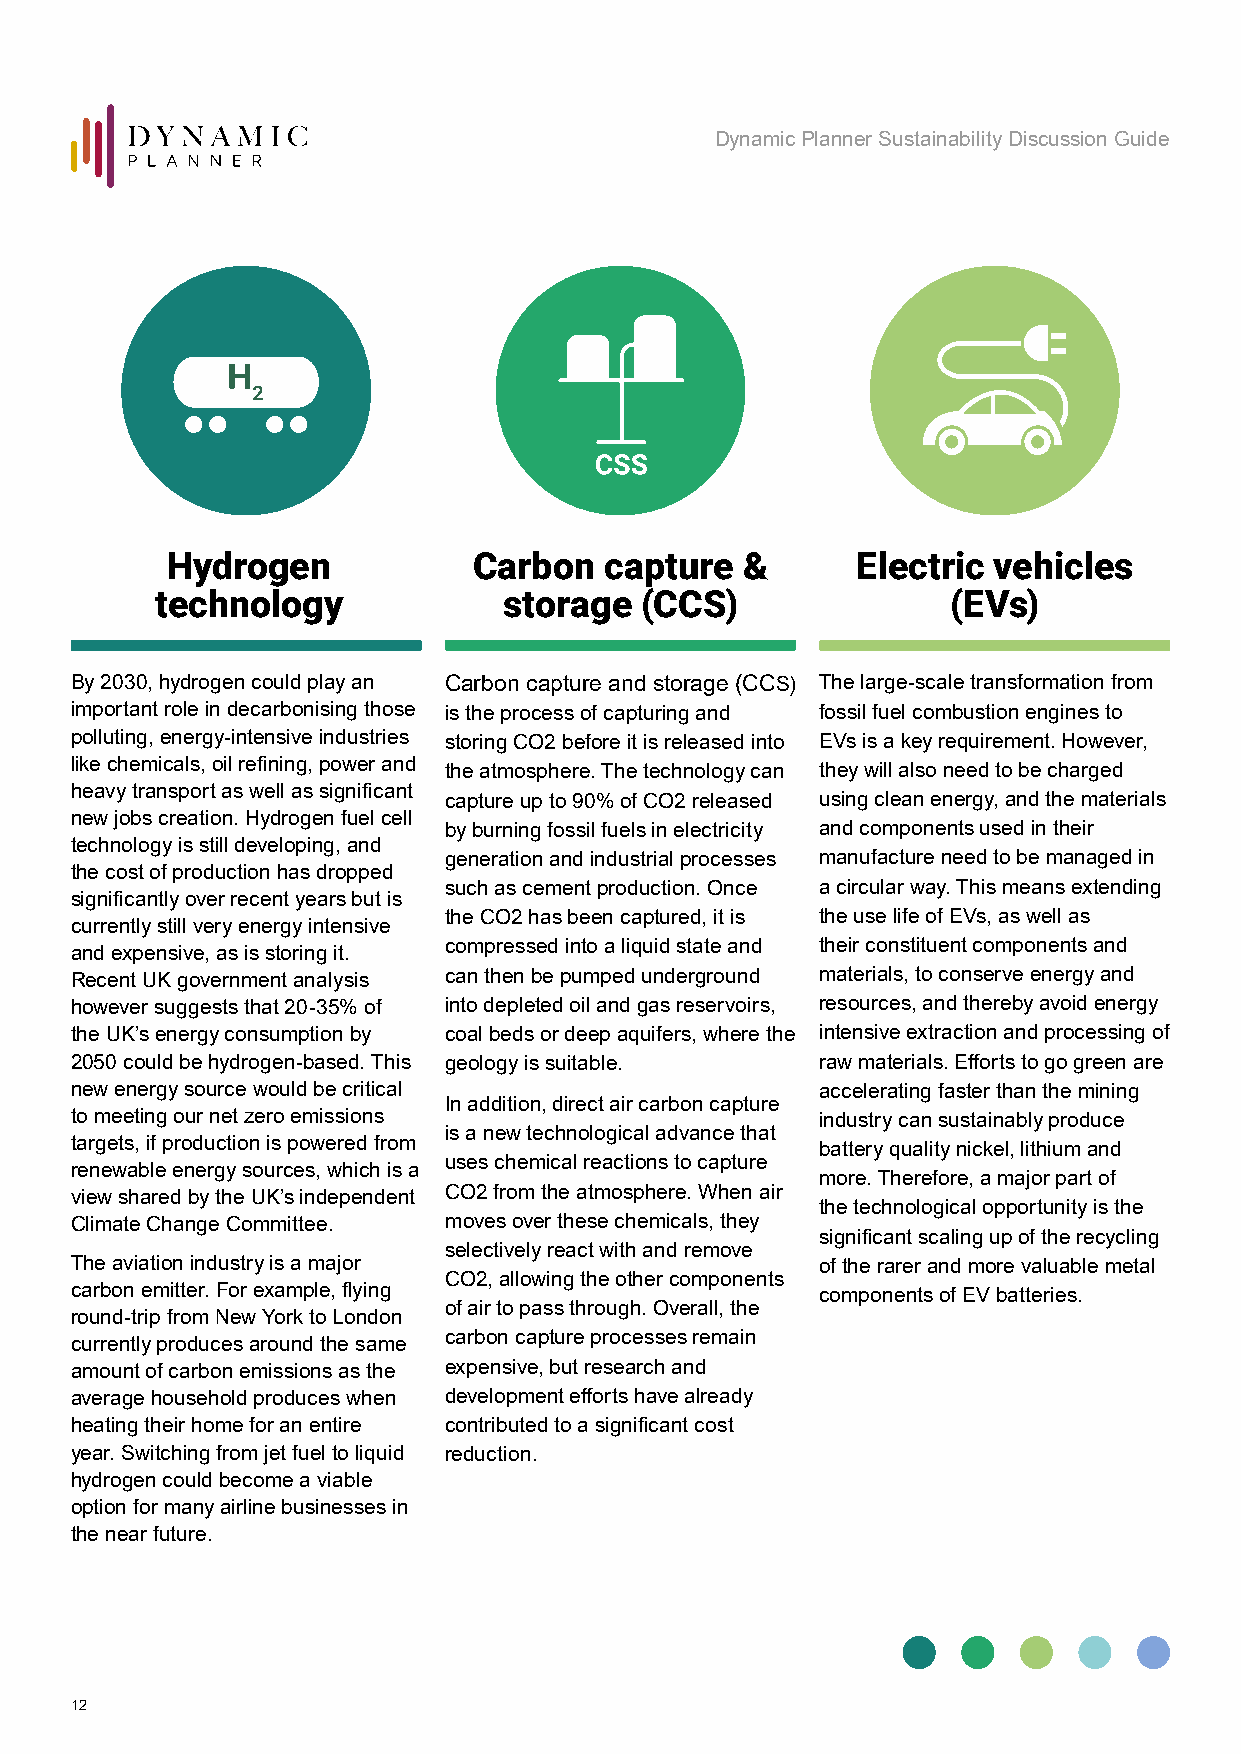
Dynamic Planner Sustainability Discussion Guide
 Hydrogen            Carbon   capture  &       Electric vehicles
 technology             storage  (CCS)                (EVs)
 By 2030, hydrogen could play an Carbon capture and storage (CCS) The large-scale transformation from
 important role in decarbonising those is the process of capturing and fossil fuel combustion engines to
 polluting, energy-intensive industries storing CO2 before it is released into EVs is a key requirement. However,
 like chemicals, oil refining, power and the atmosphere. The technology can they will also need to be charged
 heavy transport as well as significant
 capture up to 90% of CO2 released using clean energy, and the materials
 new jobs creation. Hydrogen fuel cell
 by burning fossil fuels in electricity and components used in their
 technology is still developing, and
 generation and industrial processes manufacture need to be managed in
 the cost of production has dropped
 such as cement production. Once a circular way. This means extending
 significantly over recent years but is
 the CO2 has been captured, it is the use life of EVs, as well as
 currently still very energy intensive
 compressed into a liquid state and their constituent components and
 and expensive, as is storing it.
 Recent UK government analysis can then be pumped underground materials, to conserve energy and
 however suggests that 20-35% of into depleted oil and gas reservoirs, resources, and thereby avoid energy
 the UK’s energy consumption by coal beds or deep aquifers, where the intensive extraction and processing of
 2050 could be hydrogen-based. This geology is suitable. raw materials. Efforts to go green are
 new energy source would be critical              accelerating faster than the mining
 In addition, direct air carbon capture
 to meeting our net zero emissions                industry can sustainably produce
 is a new technological advance that
 targets, if production is powered from           battery quality nickel, lithium and
 uses chemical reactions to capture
 renewable energy sources, which is a
 more. Therefore, a major part of
 view shared by the UK’s independent CO2 from the atmosphere. When air
 the technological opportunity is the
 Climate Change Committee. moves over these chemicals, they
 significant scaling up of the recycling
 selectively react with and remove
 The aviation industry is a major                 of the rarer and more valuable metal
 CO2, allowing the other components
 carbon emitter. For example, flying              components of EV batteries.
 of air to pass through. Overall, the
 round-trip from New York to London
 carbon capture processes remain
 currently produces around the same
 amount of carbon emissions as the expensive, but research and
 average household produces when development efforts have already
 heating their home for an entire contributed to a significant cost
 year. Switching from jet fuel to liquid reduction.
 hydrogen could become a viable
 option for many airline businesses in
 the near future.
 12